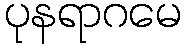
ပုနရာဂမေ